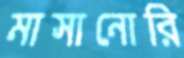
মাসানোরি